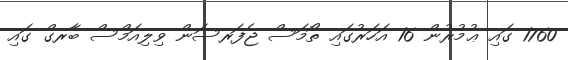
1760 ގައި ޢުމުރުން 16 އަހަރުގައި ތޯމަސް ޖެފަރސަން ވިލިއަމްސް ބާރގް ގައި